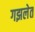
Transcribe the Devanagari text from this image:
गझलेत